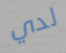
لدي